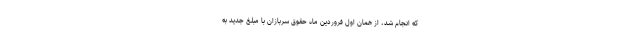
که انجام شد، از همان اول فروردین ماه حقوق سربازان با مبلغ جدید به